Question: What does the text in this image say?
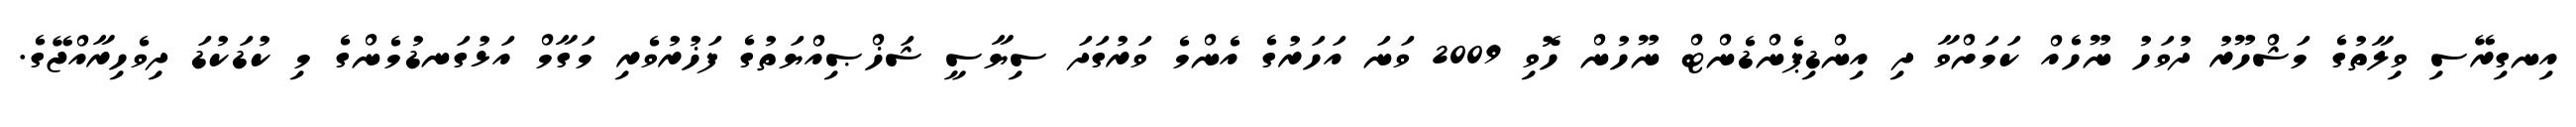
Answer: އިނގިރޭސި ވިލާތުގެ މަޝްހޫރު ދުވަހު ނޫހެއް ކަމަށްވާ ދި އިންޑިޕެންޑެންޓް ނޫހުން ހޮވި 2009 ވަނަ އަހަރުގެ އެންމެ ވަރުގަދަ ސިޔާސީ ޝަޚްޞިއްޔަތުގެ ފަޚުރުވެރި މަގާމް އަޅުގަނޑުމެންގެ މި ކުޑަކުޑަ ދިވެހިރާއްޖޭގެ.